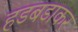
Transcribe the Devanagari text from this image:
हडबडाकर